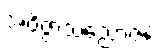
အဝိဇ္ဇာသညောဇနံ